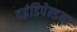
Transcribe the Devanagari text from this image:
दइंडिपेन्डन्ट